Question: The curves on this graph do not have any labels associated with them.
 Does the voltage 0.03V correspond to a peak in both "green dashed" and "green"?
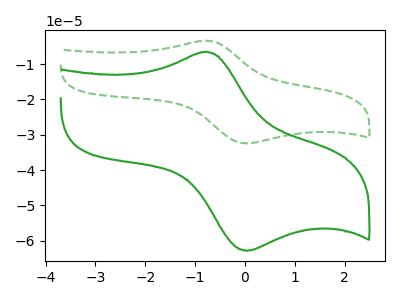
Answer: <think>The green dashed curve "green dashed" has an anodic peak at (-0.80V, -3.40uA) and a cathodic peak at (0.05V, -32.45uA). The green curve "green" has an anodic peak at (-0.80V, -6.60uA) and a cathodic peak at (0.05V, -62.85uA).</think>
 <answer>Yes, "green dashed" and "green" share a peak at 0.03V.</answer>
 <eval>match</eval>